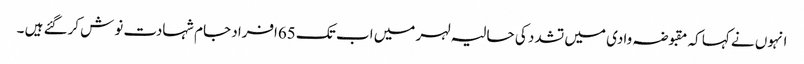
انہوں نے کہا کہ مقبوضہ وادی میں تشدد کی حالیہ لہر میں اب تک 65افراد جام شہادت نوش کرگئے ہیں ۔